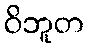
ဝိဘူတ